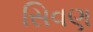
સિવણ